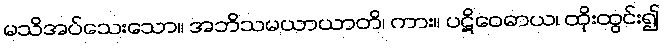
မသိအပ်သေးသော။ အဘိသမယာယာတိ၊ ကား။ ပဋိဝေဓာယ၊ ထိုးထွင်း၍